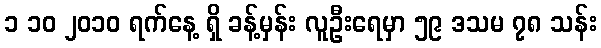
၁ ၁၀ ၂၀၁၀ ရက်နေ့ ရှိ ခန့်မှန်း လူဦးရေမှာ ၅၉ ဒသမ ၇၈ သန်း